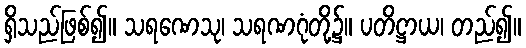
ရှိသည်ဖြစ်၍။ သရဏေသု၊ သရဏဂုံတို့၌။ ပတိဋ္ဌာယ၊ တည်၍။